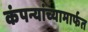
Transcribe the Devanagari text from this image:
कंपन्यांच्यामार्फत